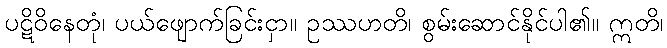
ပဋိဝိနေတုံ၊ ပယ်ဖျောက်ခြင်းငှာ။ ဥဿဟတိ၊ စွမ်းဆောင်နိုင်ပါ၏။ ဣတိ၊